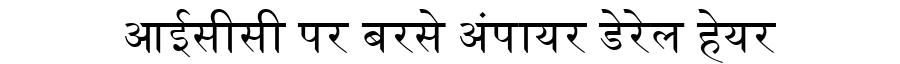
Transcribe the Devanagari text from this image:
आईसीसी पर बरसे अंपायर डेरेल हेयर